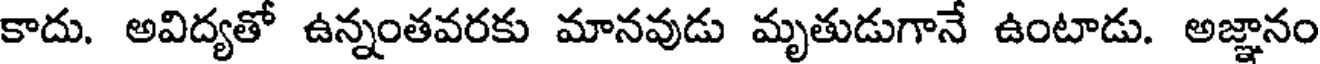
కాదు. అవిద్యతో ఉన్నంతవరకు మానవుడు మృతుడుగానే ఉంటాడు. అజ్ఞానం